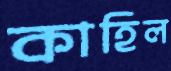
কাহিল